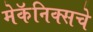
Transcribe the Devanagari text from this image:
मेकॅनिक्सचे